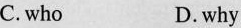
C.who D.why